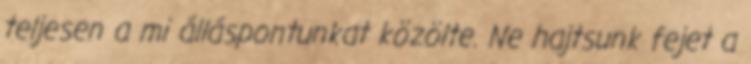
teljesen a mi álláspontunkat közölte. Ne hajtsunk fejet a